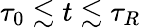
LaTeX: \tau_{0}\lesssim t\lesssim\tau_{R}